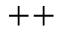
^ { + + }